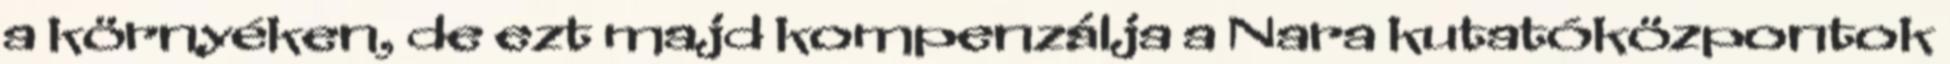
a környéken, de ezt majd kompenzálja a Nara kutatóközpontok